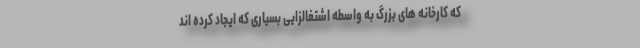
که كارخانه های بزرگ به واسطه اشتغالزایی بسیاری كه ایجاد كرده اند